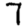
Digit: 7